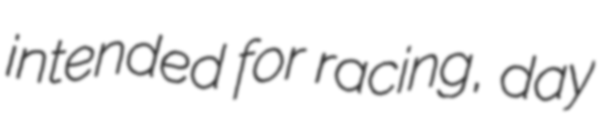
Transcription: intended for racing, day